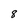
Character: 8